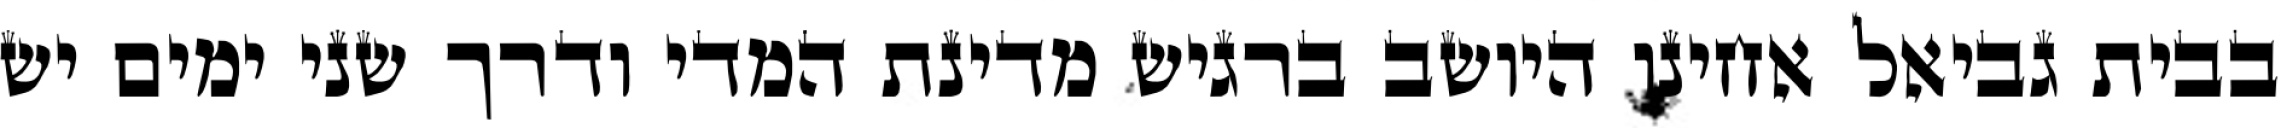
בבית גביאל אחינו היושב ברגיש מדינת המדי ודרך שני ימים יש